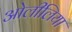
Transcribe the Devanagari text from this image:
ओलीलिया